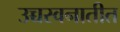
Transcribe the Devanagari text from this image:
उच्चस्वनातीत